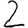
Digit: 2